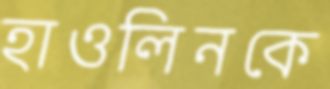
হাওলিনকে